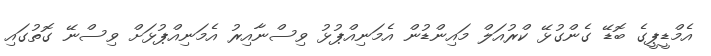
އެމްޑީޕީގެ ބޮޑޭ ގެންގުޅޭ ކްރުއަލް މައިންޑުން އެމަނިއްޕުޅު ވިސްނާއިރު އެމަނިއްޕުޅަށް ވިސްނޭ ގޮތުގައި